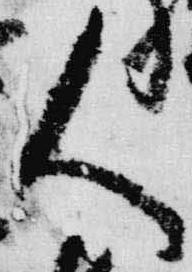
人